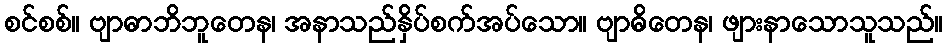
စင်စစ်။ ဗျာဓာဘိဘူတေန၊ အနာသည်နှိပ်စက်အပ်သော။ ဗျာဓိတေန၊ ဖျားနာသောသူသည်။